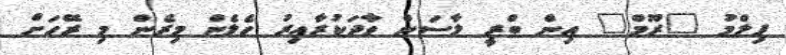
ފިލްމު "ރޫމް" އިން ބްރީ ލާސަން ވާދަކުރާއިރު ހެލެން މިރެން މި ރޭހަށް